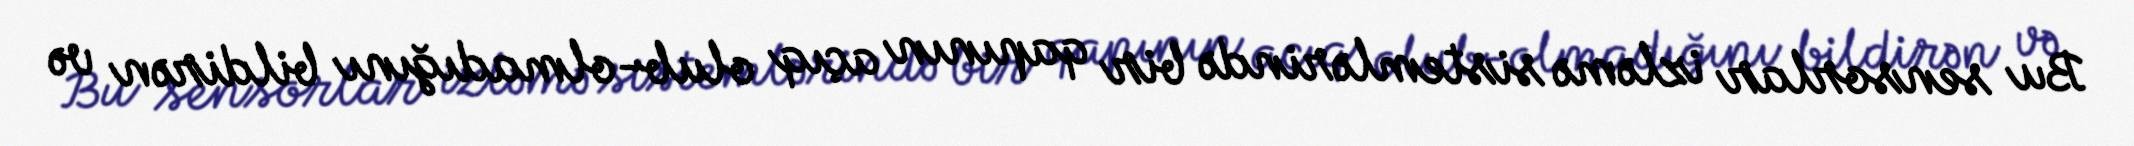
Bu sensorlar izləmə sistemlərində bir qapının açıq olub-olmadığını bildirən və